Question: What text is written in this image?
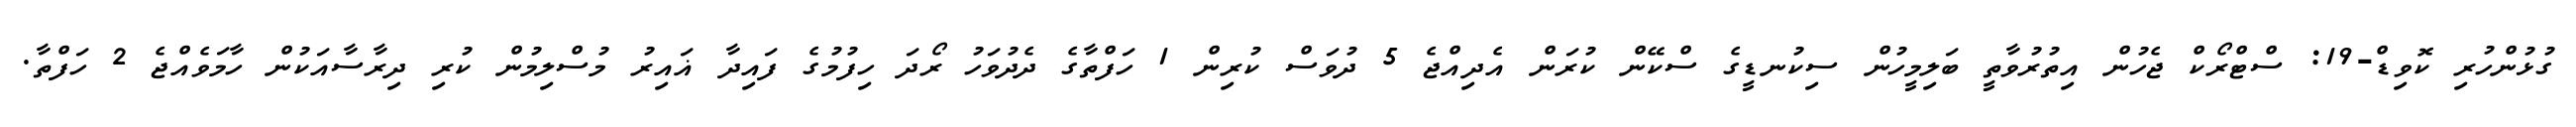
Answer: ގުޅުންހުރި ކޮވިޑް-19: ސްޓްރޯކް ޖެހުން އިތުރުވާތީ ބަލިމީހުން ސިކުނޑީގެ ސްކޭން ކުރަން އެދިއްޖެ 5 ދުވަސް ކުރިން 1 ހަފްތާގެ ދެދުވަހު ރޯދަ ހިފުމުގެ ފައިދާ ޣައިރު މުސްލިމުން ކުރި ދިރާސާއަކުން ހާމަވެއްޖެ 2 ހަފްތާ.